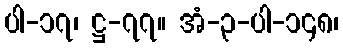
ပါ-၁၇၊ ဋ္ဌ-၇၇။ အံ-၃-ပါ-၁၄၈၊